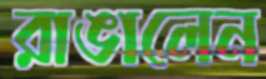
রাঙালেন